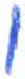
אות: ו